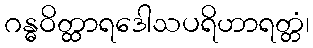
ဂန္ဓဝိတ္ထာရဒေါသပရိဟာရတ္တံ၊